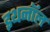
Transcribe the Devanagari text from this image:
इथनॉल